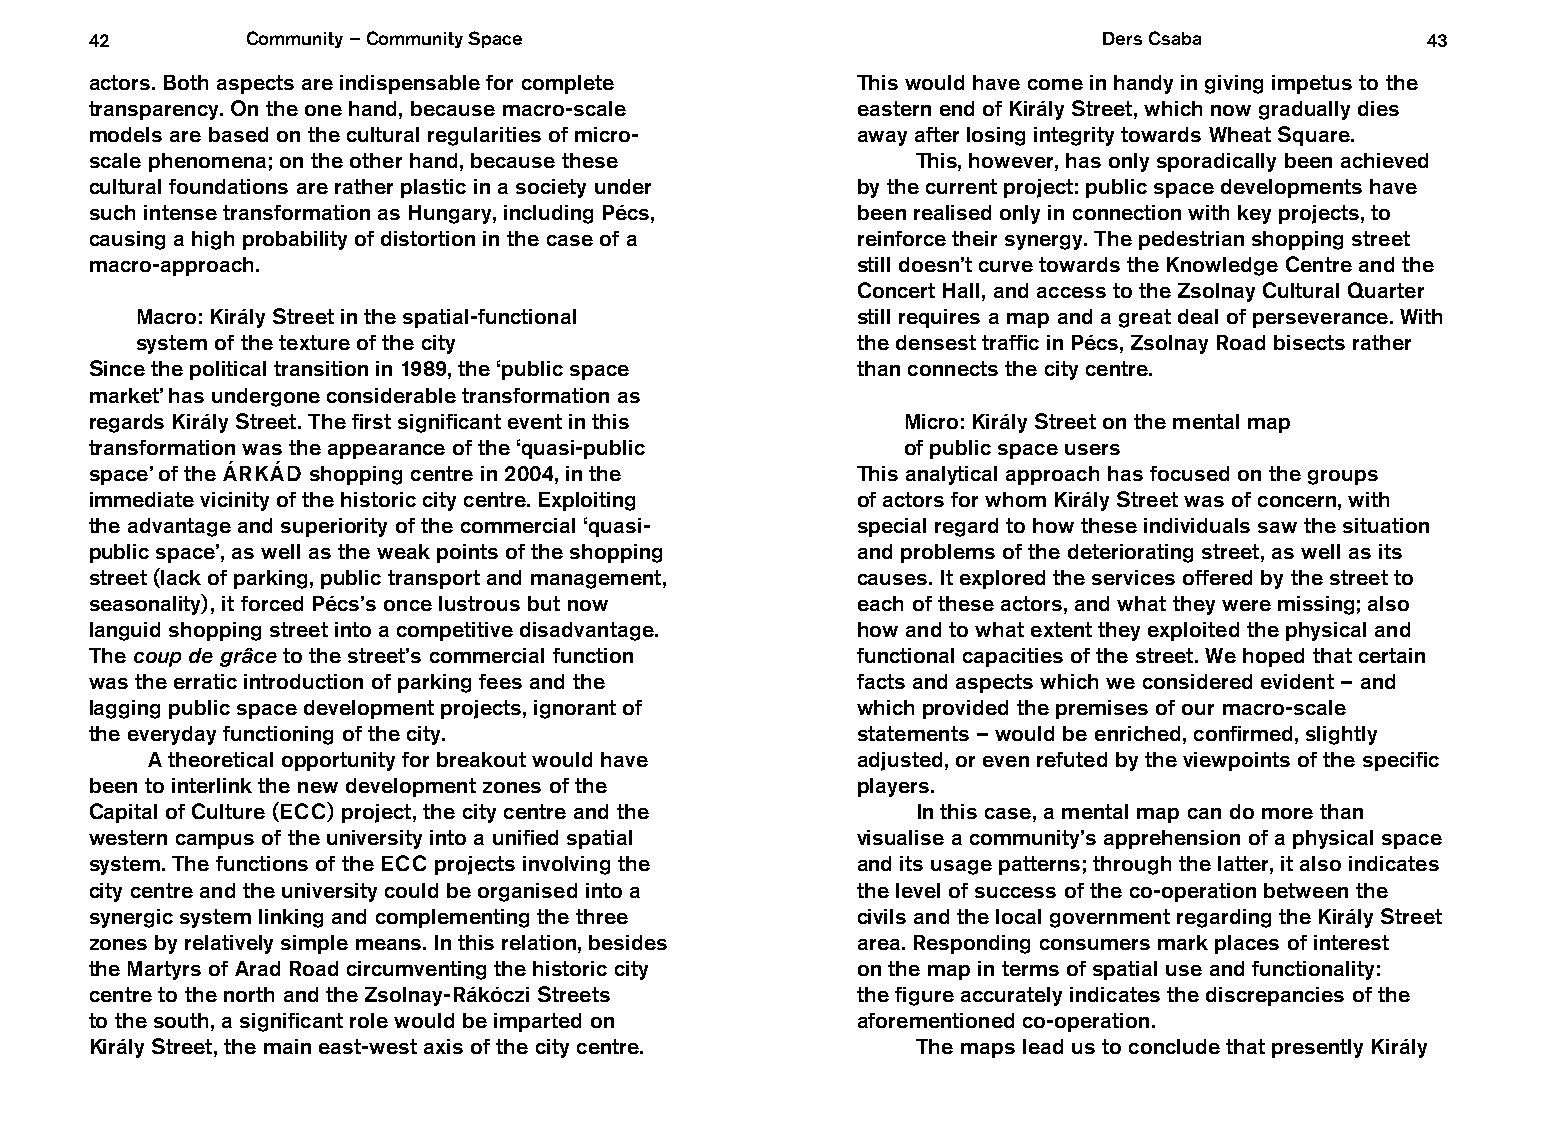
42        Community – Community Space                              Ders Csaba           43
 actors. Both aspects are indispensable for complete This would have come in handy in giving impetus to the
 transparency. On the one hand, because macro-scale eastern end of Király Street, which now gradually dies
 models are based on the cultural regularities of micro- away after losing integrity towards Wheat Square.
 scale phenomena; on the other hand, because these      This, however, has only sporadically been achieved
 cultural foundations are rather plastic in a society under by the current project: public space developments have
 such intense transformation as Hungary, including Pécs, been realised only in connection with key projects, to
 causing a high probability of distortion in the case of a reinforce their synergy. The pedestrian shopping street
 macro-approach.                                    still doesn’t curve towards the Knowledge Centre and the
 Concert Hall, and access to the Zsolnay Cultural Quarter
 Macro: Király Street in the spatial-functional  still requires a map and a great deal of perseverance. With
 system of the texture of the city               the densest traffic in Pécs, Zsolnay Road bisects rather
 Since the political transition in 1989, the ‘public space than connects the city centre.
 market’ has undergone considerable transformation as
 regards Király Street. The first significant event in this Micro: Király Street on the mental map
 transformation was the appearance of the ‘quasi-public of public space users
 space’ of the ÁRKÁD shopping centre in 2004, in the This analytical approach has focused on the groups
 immediate vicinity of the historic city centre. Exploiting of actors for whom Király Street was of concern, with
 the advantage and superiority of the commercial ‘quasi- special regard to how these individuals saw the situation
 public space’, as well as the weak points of the shopping and problems of the deteriorating street, as well as its
 street (lack of parking, public transport and management, causes. It explored the services offered by the street to
 seasonality), it forced Pécs’s once lustrous but now each of these actors, and what they were missing; also
 languid shopping street into a competitive disadvantage. how and to what extent they exploited the physical and
 The coup de grâce to the street’s commercial function functional capacities of the street. We hoped that certain
 was the erratic introduction of parking fees and the facts and aspects which we considered evident – and
 lagging public space development projects, ignorant of which provided the premises of our macro-scale
 the everyday functioning of the city.              statements – would be enriched, confirmed, slightly
 A theoretical opportunity for breakout would have adjusted, or even refuted by the viewpoints of the specific
 been to interlink the new development zones of the players.
 Capital of Culture (ECC) project, the city centre and the In this case, a mental map can do more than
 western campus of the university into a unified spatial visualise a community’s apprehension of a physical space
 system. The functions of the ECC projects involving the and its usage patterns; through the latter, it also indicates
 city centre and the university could be organised into a the level of success of the co-operation between the
 synergic system linking and complementing the three civils and the local government regarding the Király Street
 zones by relatively simple means. In this relation, besides area. Responding consumers mark places of interest
 the Martyrs of Arad Road circumventing the historic city on the map in terms of spatial use and functionality:
 centre to the north and the Zsolnay-Rákóczi Streets the figure accurately indicates the discrepancies of the
 to the south, a significant role would be imparted on aforementioned co-operation.
 Király Street, the main east-west axis of the city centre. The maps lead us to conclude that presently Király